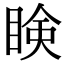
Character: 𥇥